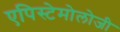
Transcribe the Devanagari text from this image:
एपिस्टेमोलोजी